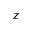
z